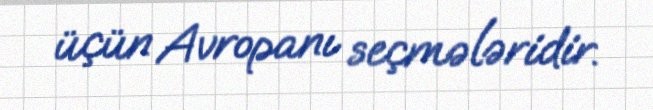
üçün Avropanı seçmələridir.